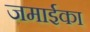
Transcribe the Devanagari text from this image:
जमाईका